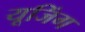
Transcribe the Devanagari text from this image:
यूजिंग